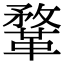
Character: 鞪